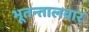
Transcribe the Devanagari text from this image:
भूतन्तालवार